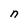
Character: n